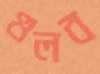
গুলব